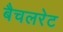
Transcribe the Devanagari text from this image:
बैचलरेट